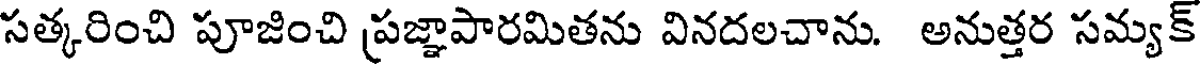
సత్కరించి పూజించి ప్రజ్ఞాపారమితను వినదలచాను. అనుత్తర సమ్యక్